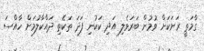
ގާމަތީ ރަށަކަށް ވުމުން ބަރަވެލި އަދި ކަކުނި ފަދަ ތަކެތި ދައްކާލުމަށް ހާއްސަ